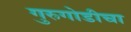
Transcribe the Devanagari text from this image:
गुरुगोडीचा